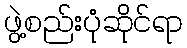
ဖွဲ့စည်းပုံဆိုင်ရာ